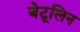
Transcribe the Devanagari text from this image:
बेटूलिन